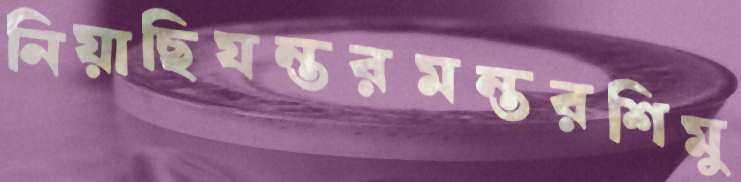
নিয়াছিযন্তরমন্তরশিমু